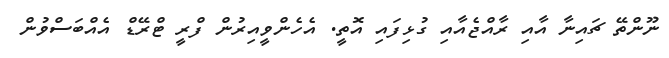
ނޫންތޭ ޗައިނާ އާއި ރާއްޖެއާއި ގުޅިފައި އޮތީ. އެހެންވީއިރުން ފްރީ ޓްރޭޑް އެއްބަސްވުން